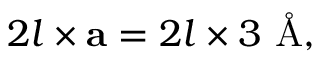
2 l \times \mathbf { a } = 2 l \times 3 \textrm { \AA } ,